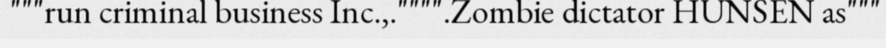
"""run criminal business Inc.,."""".Zombie dictator HUNSEN as"""